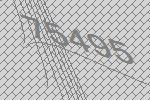
75495